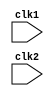
// Code your design here
// Code your design here
module pipe_MIPS32(clk1, clk2);
  input clk1, clk2; // two phase clock
  reg[31:0] IF_ID_IR, IF_ID_NPC, PC;
  reg[31:0] ID_EX_IR, ID_EX_NPC, ID_EX_A, ID_EX_B, ID_EX_IMM;
  reg[2:0] ID_EX_TYPE, EX_MEM_TYPE, MEM_WB_TYPE; // type means whether it is R_R ALU or R-M ALU operation etc,.
  reg[31:0] EX_MEM_IR, EX_MEM_ALUOUT, EX_MEM_B, EX_MEM_COND;
  reg[31:0] MEM_WB_IR, MEM_WB_ALUOUT, MEM_WB_LMD;
  
  reg[31:0] REG[0:31]; // register bank 32*32
  reg[31:0] MEM[0:1023]; // memory 1024*32
  parameter ADD = 6'b000000, SUB = 6'b000001, AND = 6'b000010, OR = 6'b000011, SLT = 6'b000100, MUL = 6'b000101, HLT = 6'b111111, LW = 6'b001000, SW = 6'b001001, ADDI = 6'b001010, SUBI = 6'b001011, SLTI = 6'b001100, BNEQZ = 6'b001101,
  BEQZ = 6'b001110;
  
  parameter RR_ALU = 3'b000, RM_ALU = 3'b001, LOAD = 3'b010, STORE = 3'b011, BRANCH = 3'b100, HALT = 3'b101;
  reg HALTED; // set after HLT instruction is completed in WB stage
  reg TAKEN_BRANCH; // set if branch is to be taken
  
  always @(posedge clk1) // Instruction Fetch stage
    begin
      if(HALTED == 0)
        begin
          if(((EX_MEM_IR[31:26] == BEQZ) && (EX_MEM_COND == 1)) || ((EX_MEM_IR[31:26] == BNEQZ) && (EX_MEM_COND == 0)))
            begin
              IF_ID_IR <= #2 MEM[EX_MEM_ALUOUT];
              TAKEN_BRANCH <= #2 1'b1;
              IF_ID_NPC <= #2 EX_MEM_ALUOUT+1;
              PC <= #2 EX_MEM_ALUOUT+1;
            end
          else
            begin
              IF_ID_IR <= #2 MEM[PC];
              IF_ID_NPC <= #2 PC+1;
              PC <= #2 PC+1;
            end
        end
    end
  
  always @(posedge clk2)  // ID stage--> getting rs, rt, immediate and decoding
    begin
      if(HALTED == 0) 
        begin
          if(IF_ID_IR[25:21] == 5'b00000) begin  ID_EX_A <= 0; end
          else begin ID_EX_A <= #2 REG[IF_ID_IR[25:21]] ; end //rs- source register
          
          if(IF_ID_IR[20:16] == 5'b00000) begin ID_EX_B <= 0; end
          else begin ID_EX_B <= #2 REG[IF_ID_IR[20:16]] ; end //rt- second source register
          
          ID_EX_NPC <= #2 IF_ID_NPC;
          ID_EX_IR <= #2 IF_ID_IR;
          ID_EX_IMM <= #2 {{16{IF_ID_IR[15]}}, {IF_ID_IR[15:0]}}; // setting ID_EX_IMM VALUE WITH SIGN EXTENSION
          
          case(IF_ID_IR[31:26])
            ADD, SUB, AND, OR, MUL, SLT: ID_EX_TYPE <=  #2 RR_ALU;
            ADDI, SUBI, SLTI:            ID_EX_TYPE <= #2 RM_ALU;
            LW:							 ID_EX_TYPE <= #2 LOAD;
            SW: 						 ID_EX_TYPE <= #2 STORE;
            BNEQZ, BEQZ:				 ID_EX_TYPE <= #2 BRANCH;
            HLT: 						 ID_EX_TYPE <= #2 HALT;
            default:                     ID_EX_TYPE <= #2 HALT;                    // invalid opcode
           endcase
          end
    end
  
  always @ (posedge clk1) // EX STAGE
    begin
      if(HALTED == 0)
        begin
          EX_MEM_TYPE <= #2 ID_EX_TYPE;
          EX_MEM_IR  <= #2 ID_EX_IR;
          TAKEN_BRANCH <= #2 1'b0;
          
          case(ID_EX_TYPE) // BASED ON TYPE WHETHER RR_ALU, RM_ALU, BRANCH ETC.
            RR_ALU: begin
              case(ID_EX_IR[31:26]) //OPCODE
                ADD: EX_MEM_ALUOUT <= #2 ID_EX_A + ID_EX_B;
                SUB: EX_MEM_ALUOUT <= #2 ID_EX_A - ID_EX_B;
                MUL: EX_MEM_ALUOUT <= #2 ID_EX_A * ID_EX_B;
                AND: EX_MEM_ALUOUT <= #2 ID_EX_A & ID_EX_B;
                OR:  EX_MEM_ALUOUT <= #2 ID_EX_A | ID_EX_B;
                SLT: EX_MEM_ALUOUT <= #2 ID_EX_A < ID_EX_B;
                default: EX_MEM_ALUOUT <= #2 32'hx;
              endcase
            end
            RM_ALU: begin
              case(ID_EX_IR[31:26]) //OPCODE
                ADDI: EX_MEM_ALUOUT <= #2 ID_EX_A + ID_EX_IMM;
                SUBI: EX_MEM_ALUOUT <= #2 ID_EX_A - ID_EX_IMM;
                SLTI: EX_MEM_ALUOUT <= #2 ID_EX_A * ID_EX_IMM;
                default: EX_MEM_ALUOUT <= #2 32'hx;
              endcase
            end
            LOAD, STORE: begin
              EX_MEM_ALUOUT<= #2 ID_EX_A + ID_EX_IMM; // address is calculated and stored in EX_MEM_ALUOUT
              EX_MEM_B <= #2 ID_EX_B; // value of B is forwarded to next stage for store operation
            end
            
            BRANCH: begin
              EX_MEM_ALUOUT <= #2 ID_EX_NPC + ID_EX_IMM;
              EX_MEM_COND <= #2 (ID_EX_A ==0);
            end
          endcase
        end
    end
  
  always @ (posedge clk2)// MEM STAGE
    begin
      if(HALTED == 0)
        begin
          MEM_WB_TYPE <= #2 EX_MEM_TYPE; // TYPE IS FORWARDED
          MEM_WB_IR <= #2 EX_MEM_IR; // IR IS FORWARDED
          
          case(EX_MEM_TYPE)
            RR_ALU, RM_ALU:
              MEM_WB_ALUOUT <= #2 EX_MEM_ALUOUT; // RESULT OF ALUOUT IS FORWARDED
            LOAD:
              MEM_WB_LMD <= #2 MEM[EX_MEM_ALUOUT]; // LOAD LMD REG WITH VALUE STORED AT EX_MEM_ALUOUT
            STORE: if(TAKEN_BRANCH == 0)
              MEM[EX_MEM_ALUOUT] <= #2 EX_MEM_B; // STORING THE VALUE OF B INTO MEMORY AT ADDRESS "EX_MEM_ALUOUT", we forwarded this value in EX stage for storing purpose only
          endcase
        end
    end
  
  always @ (posedge clk1)
    begin
      if(TAKEN_BRANCH == 0)  // disable write if branch is taken
        begin
          case(MEM_WB_TYPE)
            RR_ALU : REG[MEM_WB_IR[15:11]] <= #2 MEM_WB_ALUOUT; //write result in destination reg
            RM_ALU : REG[MEM_WB_IR[20:16]] <= #2 MEM_WB_ALUOUT;
            LOAD:    REG[MEM_WB_IR[20:16]] <= #2 MEM_WB_LMD;
            HALT:    HALTED                <= #2 1'b1;
          endcase
        end
    end
endmodule